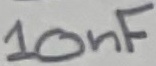
Text: 10nF